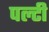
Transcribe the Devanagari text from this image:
पल्टी